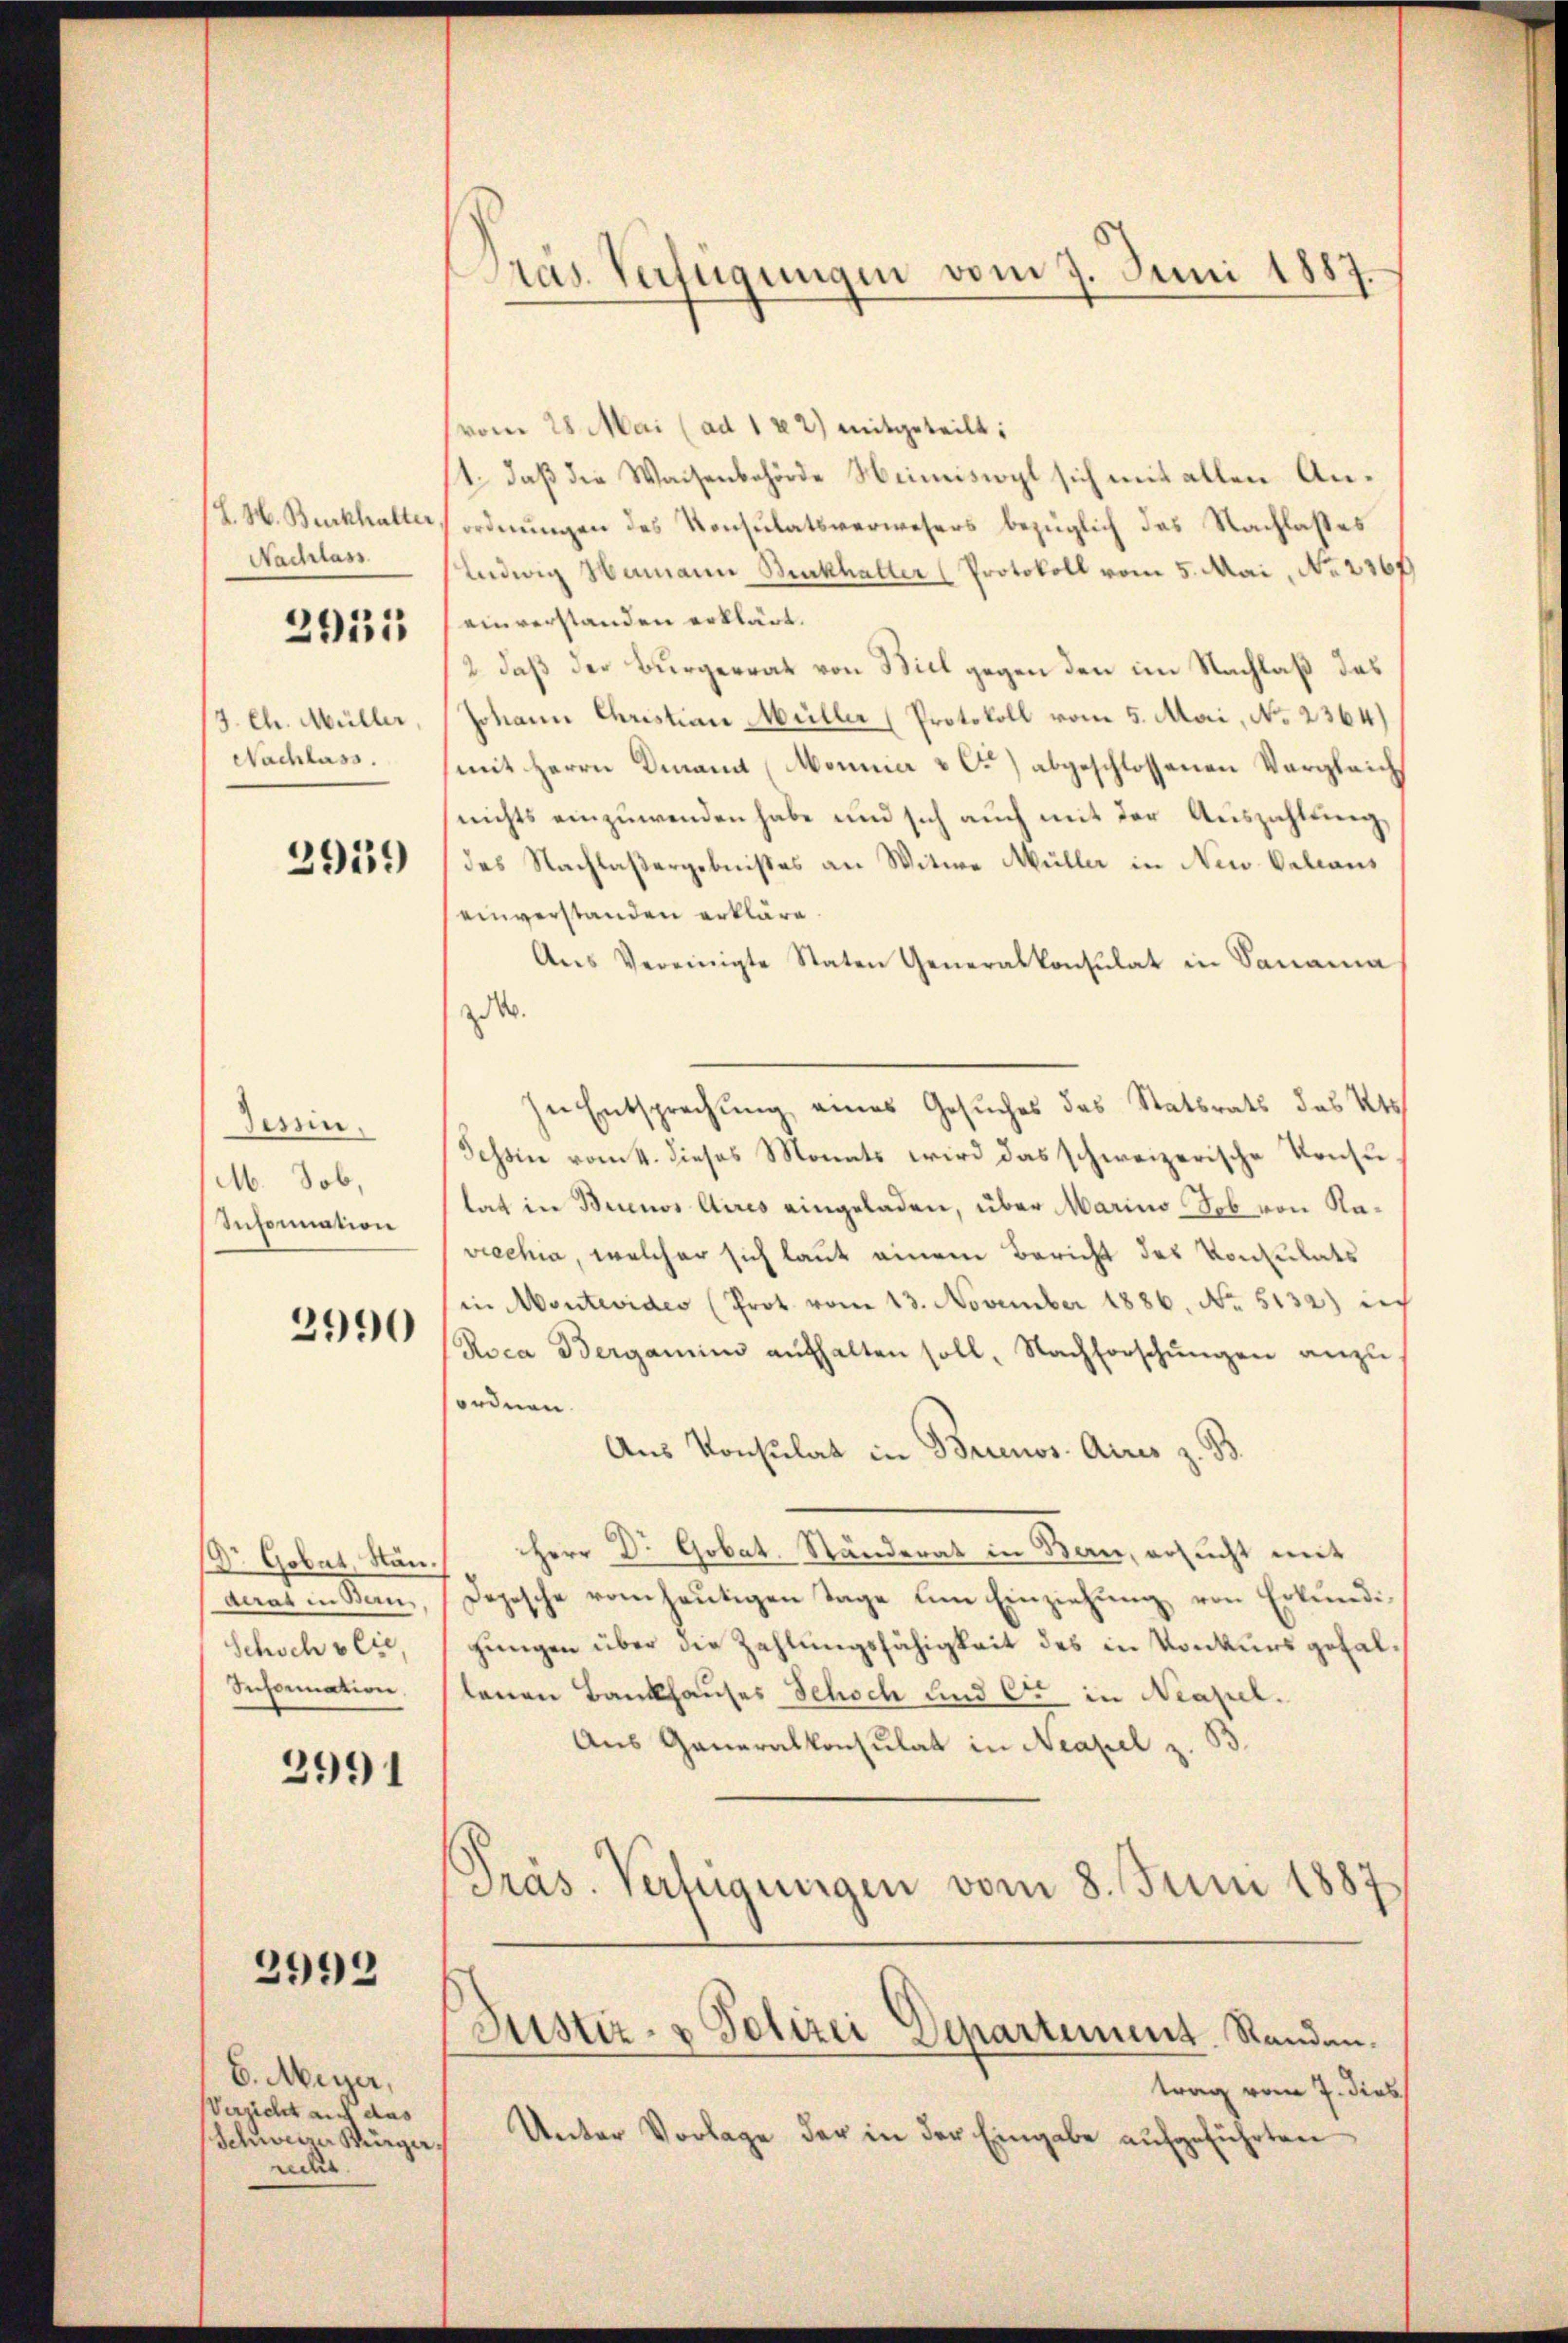
L. H. Burckhalter,
Nachlas
2951

3. Ch. Müller,
Nachlass.

2919

Tessin.
M. Job,
Infornation

2990

DDr. Gobat, Ständerat in Bern
Schoch vie,
Infornation

2991

2992

6. Meyer,
Verzicht auf das
Schwerer Bürger
recht.

Präs. Verfügungen vom 7. Juni 1887.

(vom 28. Mai (ad 1 x 2) mitgeteilt:
1., daß die Waisenbehörde Heimisiogl sich mit allen Anordnungen des Konsulatsverwesers bezüglich das Nachlasses
Ludwig Mamann Rückhalter (Protokoll vom 5. Mai, No 2267
einverstanden erklärt.
2 daß der Bürgerrat von Biel gegen den im Nachlaß des
Johann Christian Müller (Protokoll vom 5. Mai, No 2364)
(mit Herrn Diana (Monnia & C) abgeschlossenen Vergleich
nichts einzuwenden habe und sich auch mit der Auszahlung,
des Nachlaßergebnistes an Witwe Müller in New-Orleans
einverstanden erkläre.
Ans Vereinigte Staten Generalkonsulat in Panama
.
In Entsprechung eines Gesuches des Statsrats des Kts
Tessin vom 4. dieses Monats wird das schweizerische Konsu
lat in Buenos Aires eingeladen, über Marino Job von Raviechia, welcher sich laut einem Bericht des Vontulats
in Montevideo (Prot. vom 13. November 1886. No. 5132) in
Roca Bergamin aŭfhalten soll. Nachforschŭngen anzu
ordnen.
Aus Konsulat in Brinos Aires z. B.
Herr Dr. Gobat. Ständerat in Bern, ersucht mit
Depesche vom heutigen Tage um Einziehung von Erkundigungen über die Zahlungsfähigkeit des in Konkurs gefallenen Bankhauses Schoch und Ott in Neapel.
Aus Generalkonsulat in Neapel z. B.
Pras. Verfügungen vom 8. Juni 1887
Justiz- & Polizei Separtement. Randen.
trag vom 7. dies
Unter Vorlage der in der Eingabe aufgeführten